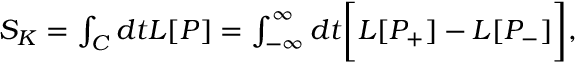
\begin{array} { r } { { \cal S } _ { K } = \int _ { { \cal C } } d t { \cal L } [ P ] = \int _ { - \infty } ^ { \infty } d t \biggl [ { \cal L } [ P _ { + } ] - { \cal L } [ P _ { - } ] \biggr ] , } \end{array}